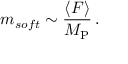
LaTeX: m _ { s o f t } \sim \frac { \langle F \rangle } { M _ { \mathrm { P } } } \, .